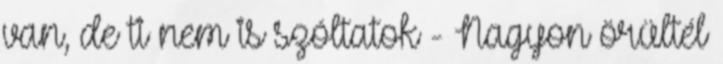
van, de ti nem is szóltatok - Nagyon örültél